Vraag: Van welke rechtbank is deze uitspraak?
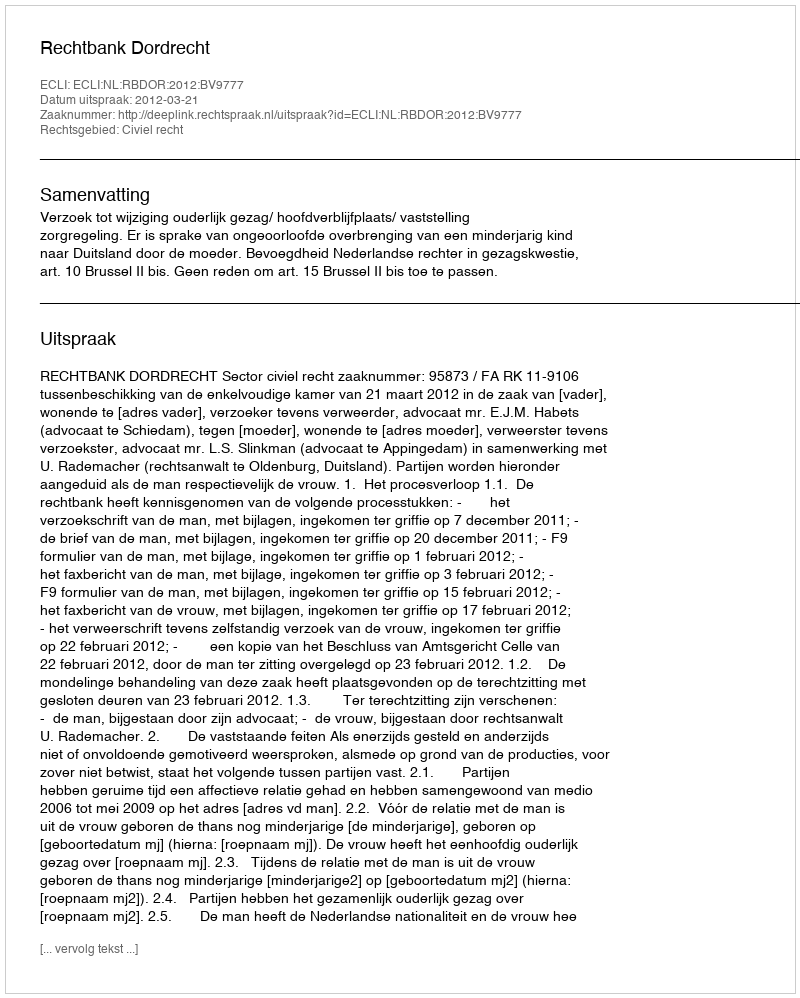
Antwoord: Rechtbank Dordrecht